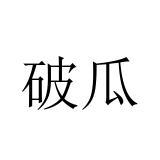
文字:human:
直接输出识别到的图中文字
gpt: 破瓜